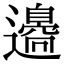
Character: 𨘢